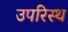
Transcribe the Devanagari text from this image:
उपरिस्थ